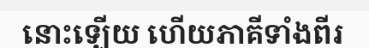
នោះឡើយ ហើយភាគីទាំងពីរ